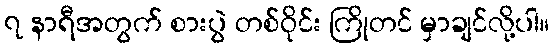
၇ နာရီအတွက် စားပွဲ တစ်ဝိုင်း ကြိုတင် မှာချင်လို့ပါ။